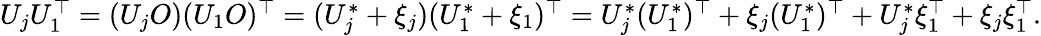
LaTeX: \begin{array}{r}{U_{j}U_{1}^{\top}=(U_{j}O)(U_{1}O)^{\top}=(U_{j}^{*}+\xi_{j})(U_{1}^{*}+\xi_{1})^{\top}=U_{j}^{*}(U_{1}^{*})^{\top}+\xi_{j}(U_{1}^{*})^{\top}+U_{j}^{*}\xi_{1}^{\top}+\xi_{j}\xi_{1}^{\top}.}\end{array}